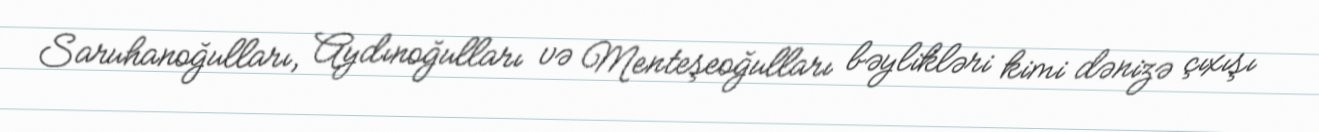
Saruhanoğulları, Aydınoğulları və Menteşeoğulları bəylikləri kimi dənizə çıxışı